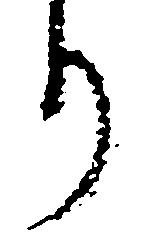
り